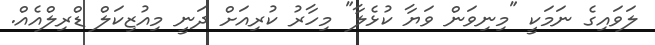
ލަވައިގެ ނަމަކީ "މިނިވަން ވަޔާ ކުޅެލާ" މިހާރު ކުރިއަށް ދަނީ މިއުޒިކަލް ޑްރިލްއެއް.